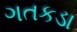
ગતકડા